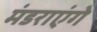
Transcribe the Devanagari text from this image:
मंडराएंगे